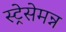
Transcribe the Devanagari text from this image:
स्ट्रेसेमन्न